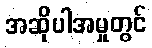
အဆိုပါအမှုတွင်